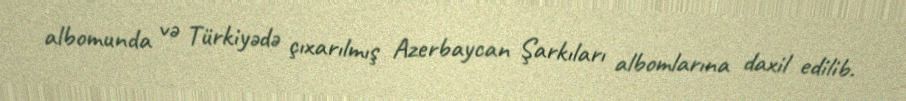
albomunda və Türkiyədə çıxarılmış Azerbaycan Şarkıları albomlarına daxil edilib.